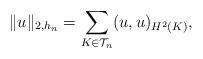
LaTeX: \begin{align*} \|u\|_{2, h_n} = \sum_{K \in \mathcal{T}_n} (u, u)_{H^2(K)},\end{align*}